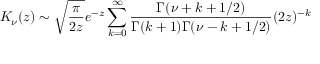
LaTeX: K _ { \nu } ( z ) \sim \sqrt { \frac { \pi } { 2 z } } e ^ { - z } \sum _ { k = 0 } ^ { \infty } \frac { \Gamma ( \nu + k + 1 / 2 ) } { \Gamma ( k + 1 ) \Gamma ( \nu - k + 1 / 2 ) } ( 2 z ) ^ { - k } \nonumber